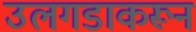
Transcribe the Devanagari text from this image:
उलगडाकरून